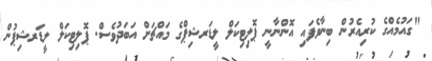
"ގައުމެއްގެ ކުރިއެރުން ބިނާވެފައި އޮންނާނީ ޕޮލިޓިކަލް ލީޑަރޝިޕްގެ މައްޗަށް އަބަދުވެސް. ޕޮލިޓިކަލް ލީޑަރޝިޕުން